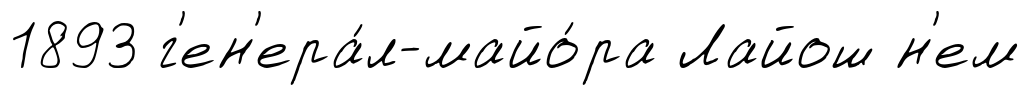
1893 г'ен'ера́л-майо́ра Лайош н'ем